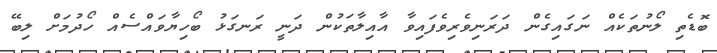
ބޮޑެތި ލޯނުތަކެއް ނަގައިގެން ދަރަނިވެރިވެފައިވާ އާއިލާތަކުން ދަނީ ރަނގަޅު ބޯހިޔާވައްސެއް ހޯދުމަށް ލިބޭ